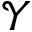
\mathcal Y